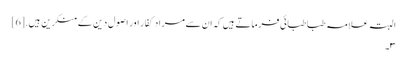
البتہ علامہ طباطبائی فرماتے ہیں کہ ان سے مراد کفار اور اصول دین کے منکرین ہیں.[6]
۳۔